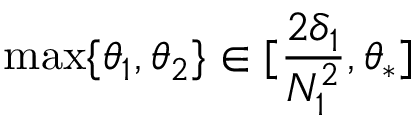
\operatorname* { m a x } \{ \theta _ { 1 } , \theta _ { 2 } \} \in [ \frac { 2 \delta _ { 1 } } { N _ { 1 } ^ { 2 } } , \theta _ { * } ]